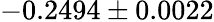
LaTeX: -0.2494\pm 0.0022